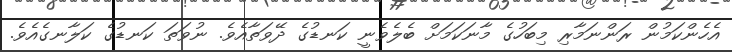
އެހެންކަމުން ރަންނަމާރި މިބަހުގެ މާނަކަމަށް ބެލެވެނީ ކަނޑުގެ ދޭވަތާއެވެ. ނުވަތަ ކަނޑުގެ ކަލާނގެއެވެ.